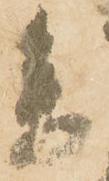
参